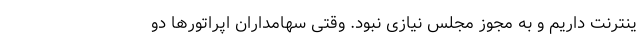
ینترنت داریم و به مجوز مجلس نیازی نبود. وقتی سهامداران اپراتورها دو